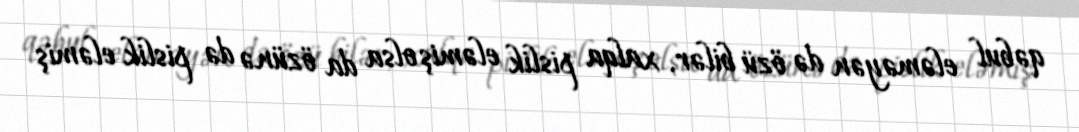
qəbul eləməyən də özü bilər, xalqa pislik eləmiş olsa da özünə də pislik eləmiş